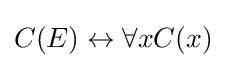
C(E)\leftrightarrow \forall xC(x)